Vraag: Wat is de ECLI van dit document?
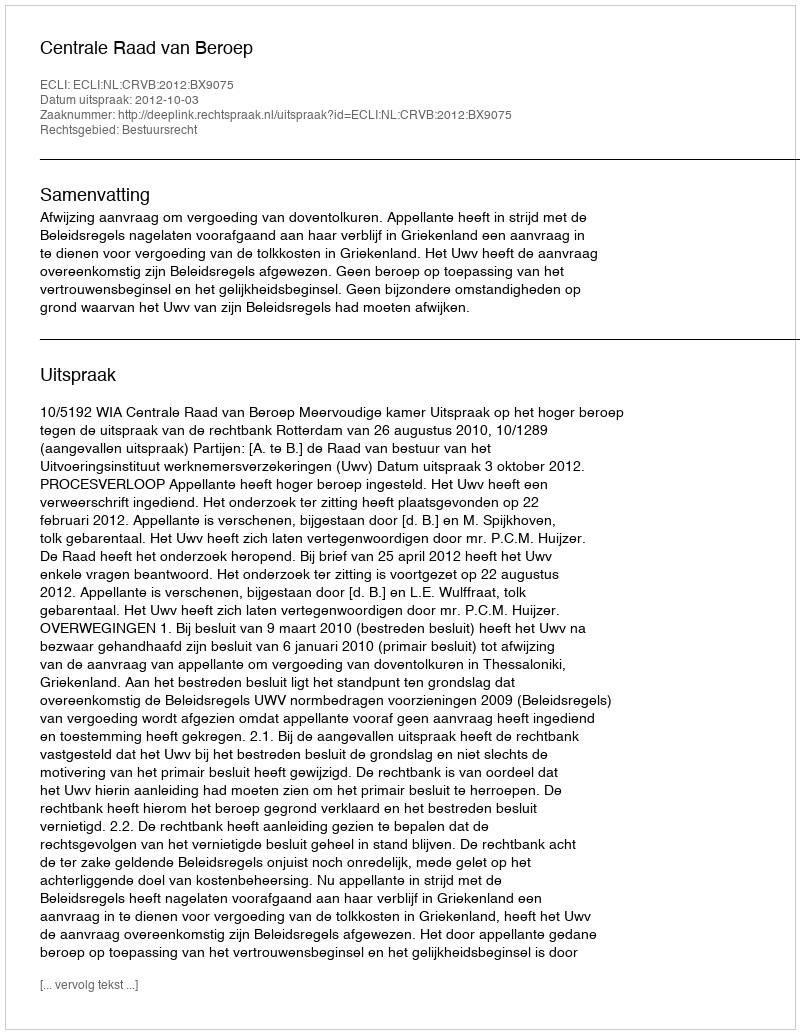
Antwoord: ECLI:NL:CRVB:2012:BX9075